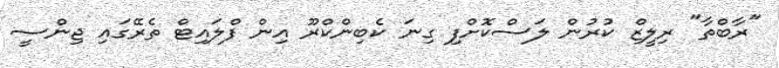
"ރާބްތާ" ރިލީޒް ކުރުން ލަސްކޮށްފި ގިނަ ކެބިންކްރޫ އިން ފްލައިޓް ތެރޭގައި ޖިންސީ